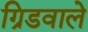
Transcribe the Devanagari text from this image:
ग्रिडवाले